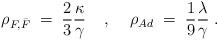
LaTeX: \begin{align*}\rho_{F,\bar{F}} \; = \; \frac{2}{3} \frac{\kappa}{\gamma} \; \; \; \; ,\; \; \; \; \rho_{Ad} \; = \; \frac{1}{9} \frac{\lambda}{\gamma} \; .\end{align*}